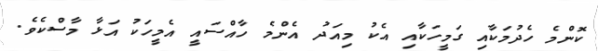
ކޮންމެ ހެދުމަކާއި ގަމީހަކާއި އެކު މިއަދު އެންމެ ހާއްސައީ އެމީހަކު އަޅާ މާސްކެވެ.